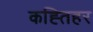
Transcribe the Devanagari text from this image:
कह्तिहर